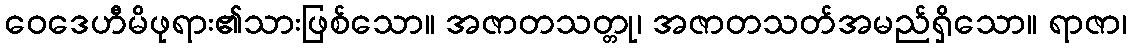
ဝေဒေဟီမိဖုရား၏သားဖြစ်သော။ အဇာတသတ္တု၊ အဇာတသတ်အမည်ရှိသော။ ရာဇာ၊